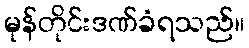
မုန်တိုင်းဒဏ်ခံရသည်။